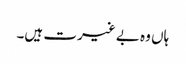
ہاں وہ بے غیرت ہیں۔